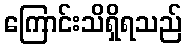
ကြောင်းသိရှိရသည်